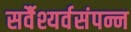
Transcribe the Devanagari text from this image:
सर्वैश्यर्वसंपन्न